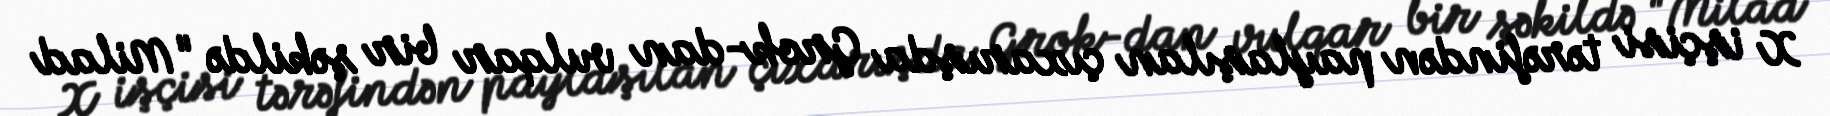
X işçisi tərəfindən paylaşılan çıxarışda Grok-dan vulqar bir şəkildə "Milad